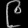
Digit: ၉